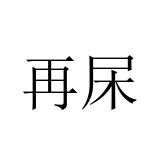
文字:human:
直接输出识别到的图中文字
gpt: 再杘